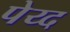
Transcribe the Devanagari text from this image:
पेय्द